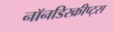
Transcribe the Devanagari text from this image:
नॉनडिस्क्रीप्ट्स